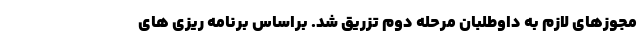
مجوزهای لازم به داوطلبان مرحله دوم تزریق شد. براساس برنامه ریزی های